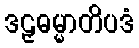
ဒဠှဓမ္မာတိပဒံ